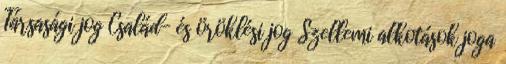
Társasági jog Család- és öröklési jog Szellemi alkotások joga